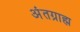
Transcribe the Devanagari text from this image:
अंतग्राह्म